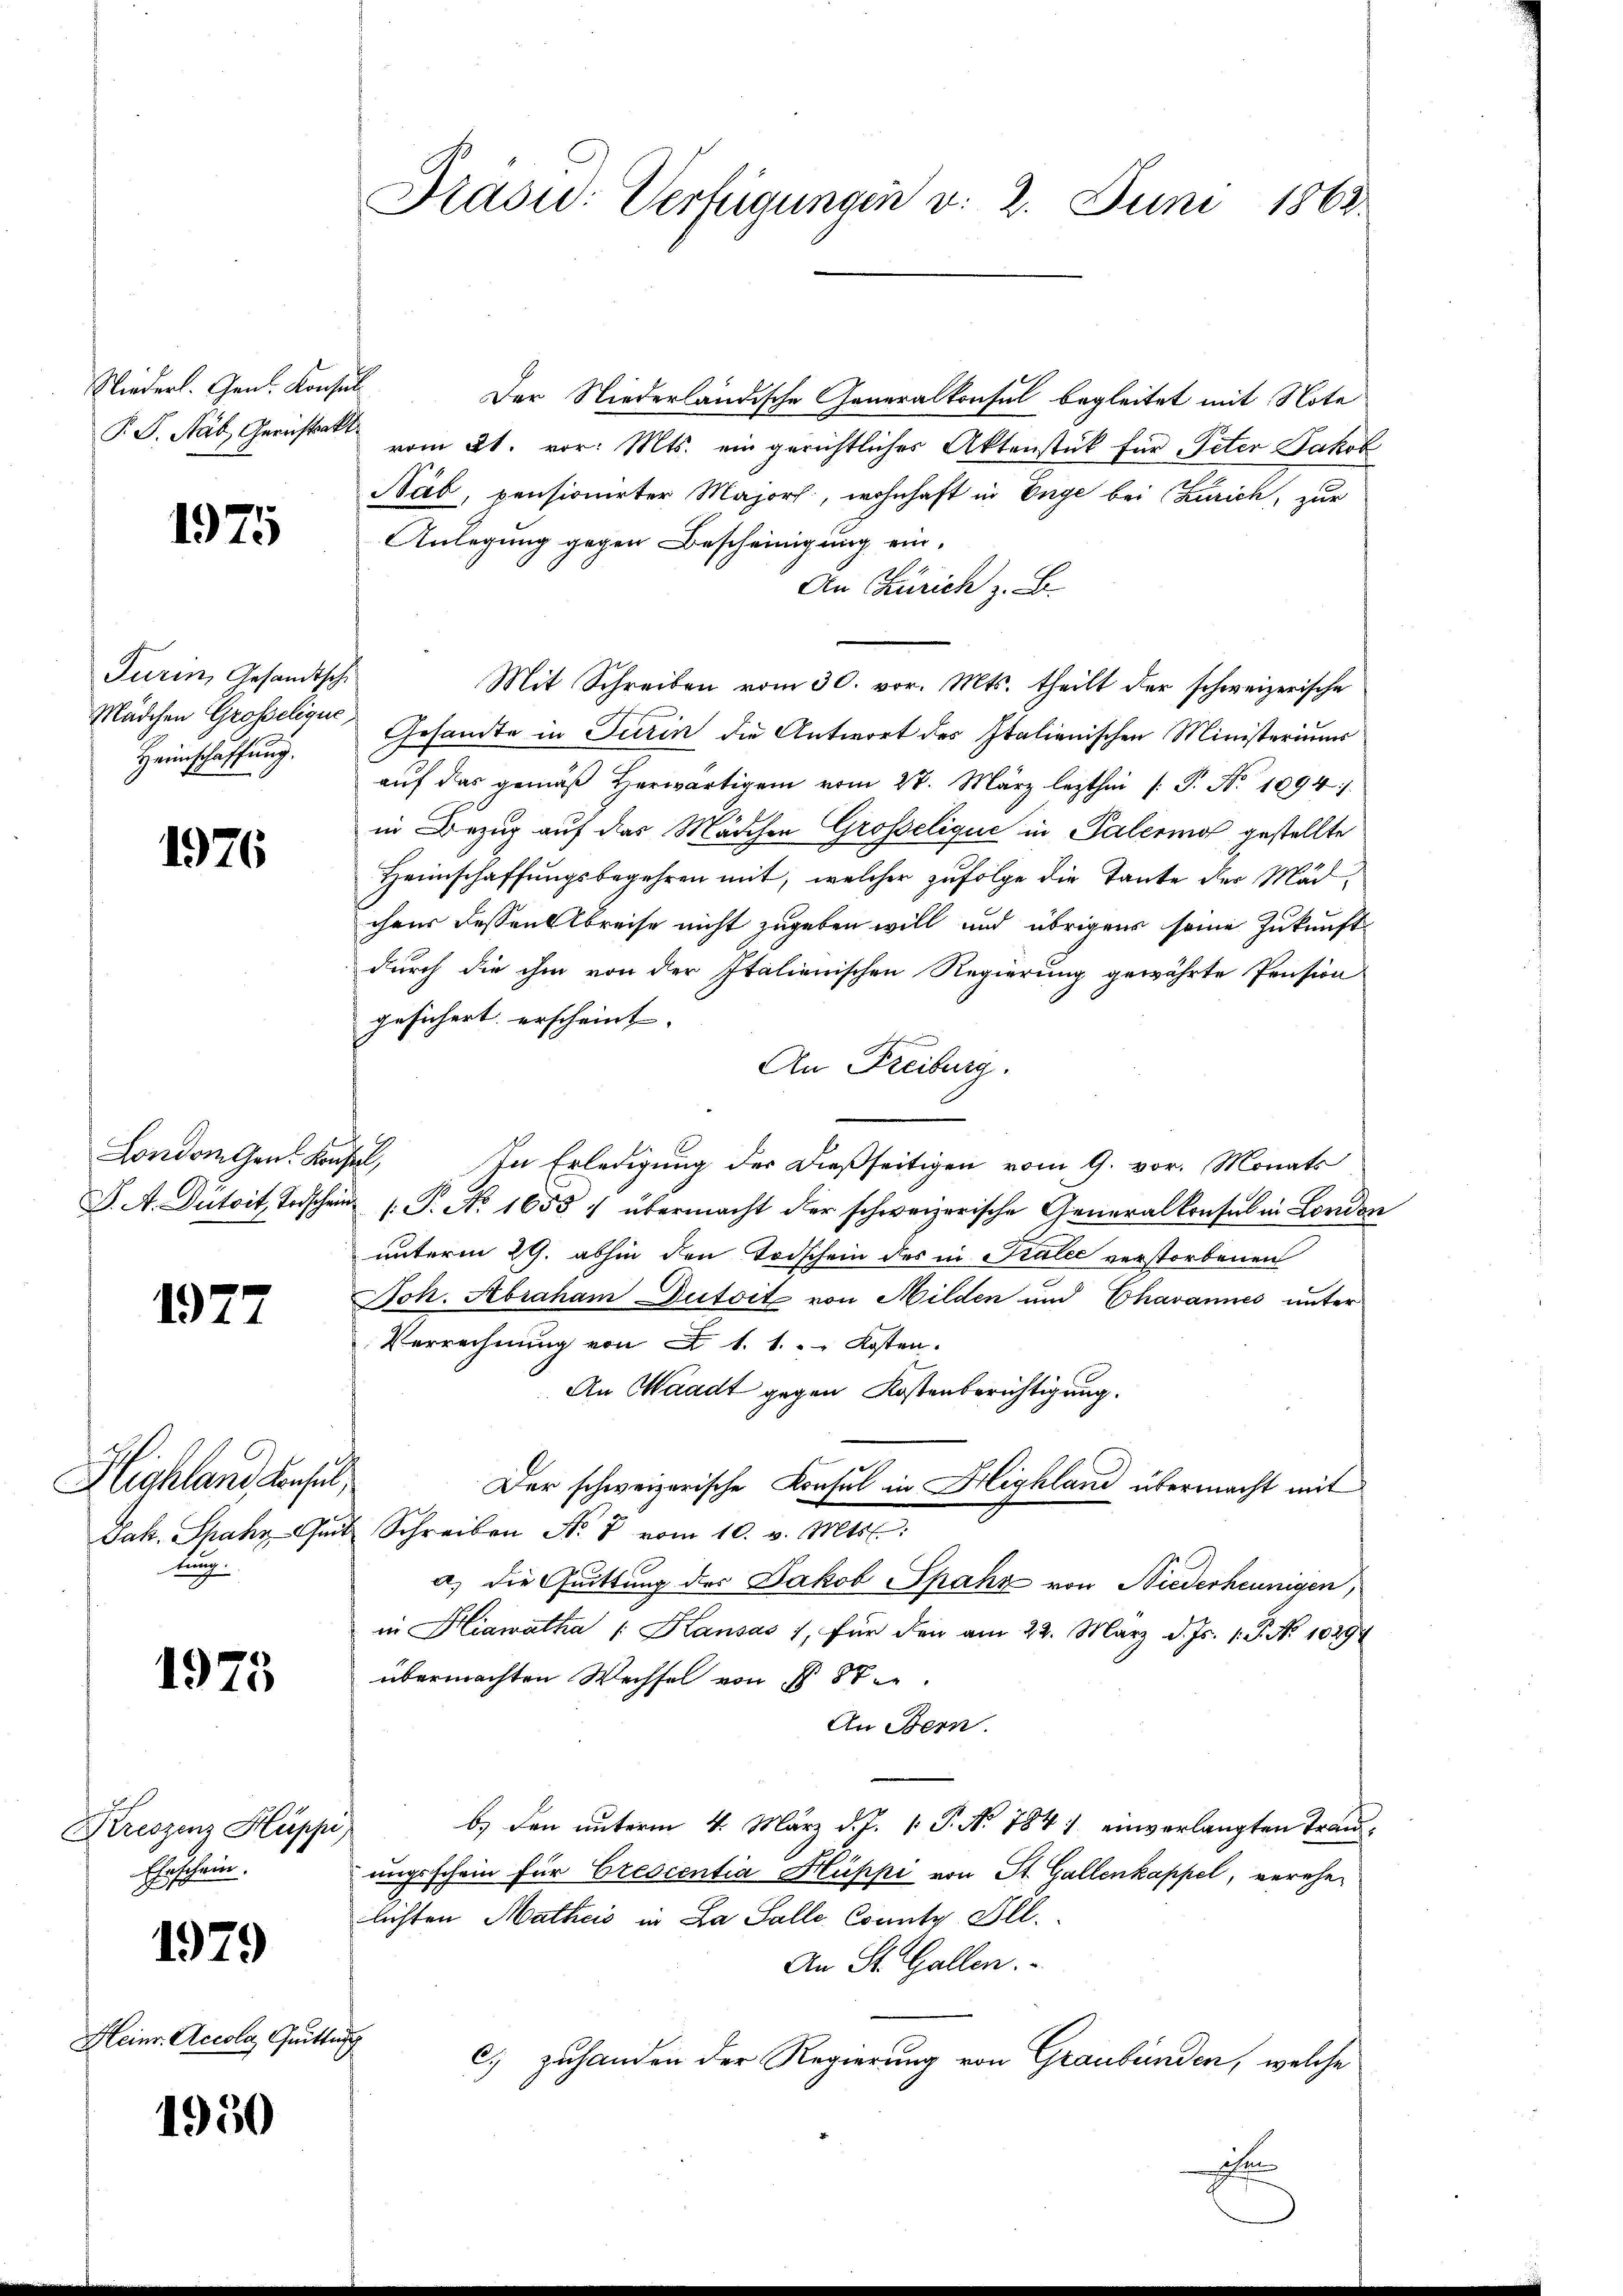
Niederl. Gen. Konsul

1975

Turin, Gesandtsche
Mädchen Grosselique,
Heimschaffung.

1976

London Gen. Konsul,

1977

Hischland densel
tung.

1975

Kreszenz Hüppi
Geschein.

1979

Heinr. Accolo. Quittung

1950

Drasu: Verfügungen v. 2. Juni 1863.

Der Niederländische Generalkonsul begleitet mit Note
P.S. Mal, Gericht vom 21. vor. Mts. ein gerichtliches Aktenstück für Peter Jakob
Näb, pensionirter Majors, wohnhaft in Enge bei Zürich, zur
Anlegung gegen Bescheinigung ein.
An Zürich z. B.
Mit Schreiben vom 30. vor. Mts. theilt der schweizerische
Gesandte in Turin die Antwort des Italienischen Ministeriums
aŭf das gemäβ herwärtigen vom 27. März lezthin /: P. Nr. 1994/
in Bezug auf das Mädchen Grosselique in Palermo gestellte
Heimschaffungsbegehren mit, welcher zufolge die Tante der Mädchens dessen Abreise nicht zugeben will und übrigens seine Zukunftdurch die ihm von der Italienischen Regierung gewährte Pension
gesichert erscheint. |
e
An Freiburg.
In Erledigung der dießseitigen vom 9. vor. Monats
e
J. A. Dütoit Todschein s. S. No. 1655 1 übermacht der schweizerische Generalkonsul in London
unterm 29. abhin den Todschein des in Kalee verstorbenen
Joh. Abraham Dutoit von Milden und Chavannes unter
Verrechnung von § 1. 1. Kosten.
An Waadt gegen Kostenberichtigung.
Der schweizerische Konsul in Highland übermacht mit
Jak. Spahr Gut Schreiben N. 8 vom 10. v. Mts.:
a.) die Guittung des Jakob Spanz von Niederheunigen,
in Hiawatha /: Kausas 1, für den am 22. März d. Js. 1. P. No 1029
übermachten Wechsel von § 88.
An Bern.
b) den unterm 4. März d. J. 1. P. No 784) einverlangten Tranungsschein für Crescentia Hüppi von St. Gallenkappel, verehelichten Mathes in La Salle County Ill.
An St. Gallen.
c.) zuhanden der Regierung von Graubünden, welche